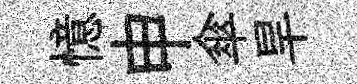
憶申傘旱